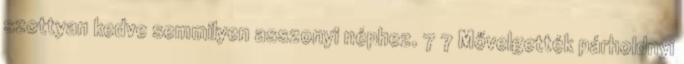
szottyan kedve semmilyen asszonyi néphez. 7 7 Mővelgették párholdnyi